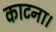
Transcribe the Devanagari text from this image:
काटना।